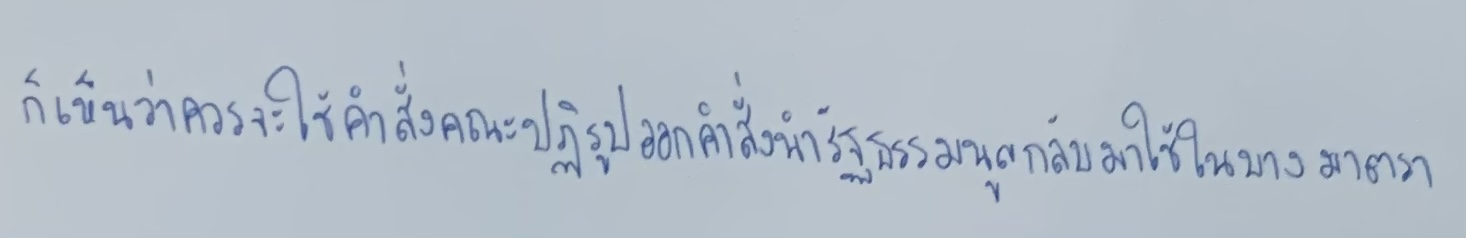
ก็เห็นว่าควรจะใช้คำสั่งคณะปฏิรูปออกคำสั่งนำรัฐธรรมนูญกลับมาใช้ในบางมาตรา